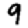
Digit: 9